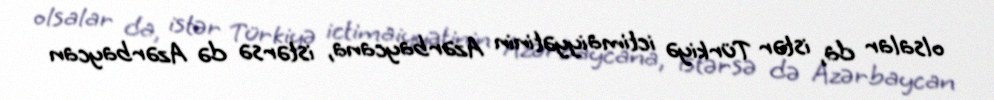
olsalar da, istər Türkiyə ictimaiyyətinin Azərbaycana, istərsə də Azərbaycan